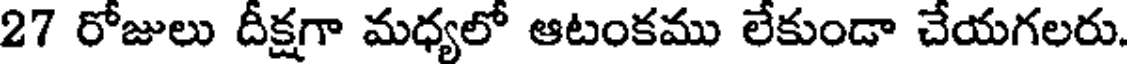
27 రోజులు దీక్షగా మధ్యలో ఆటంకము లేకుండా చేయగలరు.